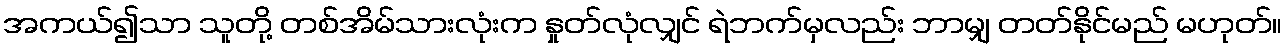
အကယ်၍သာ သူတို့ တစ်အိမ်သားလုံးက နှုတ်လုံလျှင် ရဲဘက်မှလည်း ဘာမျှ တတ်နိုင်မည် မဟုတ်။